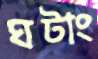
ঘটাং